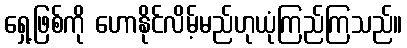
ရှေ့ဖြစ်ကို ဟောနိုင်လိမ့်မည်ဟုယုံကြည်ကြသည်။